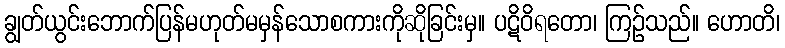
ချွတ်ယွင်းဘောက်ပြန်မဟုတ်မမှန်သောစကားကိုဆိုခြင်းမှ။ ပဋိဝိရတော၊ ကြဉ်သည်။ ဟောတိ၊